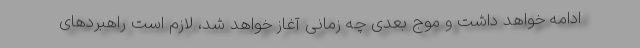
ادامه خواهد داشت و موج بعدی چه زمانی آغاز خواهد شد، لازم است راهبردهای